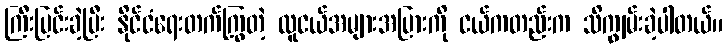
ကြီးပြင်းခဲ့ပြီး နိုင်ငံရေးတက်ကြွတဲ့ လူငယ်အများအပြားကို ငယ်ကတည်းက သိကျွမ်းခဲ့ပါတယ်။